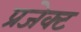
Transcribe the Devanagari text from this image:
प्रजेक्ट